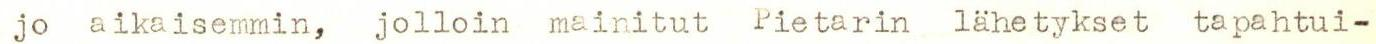
jo aikaisemmin, jolloin mainitut Pietarin lähetykset tapahtui-